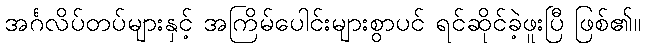
အင်္ဂလိပ်တပ်များနှင့် အကြိမ်ပေါင်းများစွာပင် ရင်ဆိုင်ခဲ့ဖူးပြီ ဖြစ်၏။